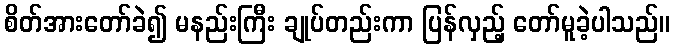
စိတ်အားတော်ခဲ၍ မနည်းကြီး ချုပ်တည်းကာ ပြန်လှည့် တော်မူခဲ့ပါသည်။